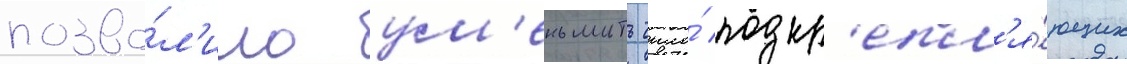
позво́л'ило ум'еньшить число́ подкр'епл'я́ющих